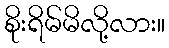
စိုးရိမ်မိလို့လား။